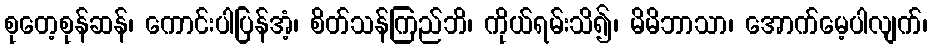
စုတေ့စုန်ဆန်၊ ကောင်းပါပြန်အံ့၊ စိတ်သန်ကြည်ဘိ၊ ကိုယ်ရမ်းသိ၍၊ မိမိဘာသာ၊ အောက်မေ့ပါလျက်၊